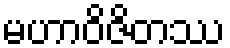
မဟာဝိဇိတဿ